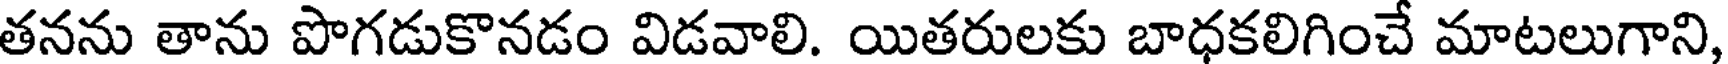
తనను తాను పొగడుకొనడం విడవాలి. యితరులకు బాధకలిగించే మాటలుగాని,